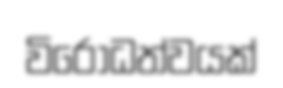
විරෝධත්වයක්